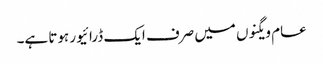
عام ویگنوں میں صرف ایک ڈرائیور ہوتا ہے۔